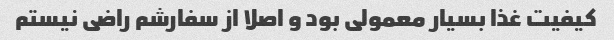
کیفیت غذا بسیار معمولی بود و اصلا از سفارشم راضی نیستم